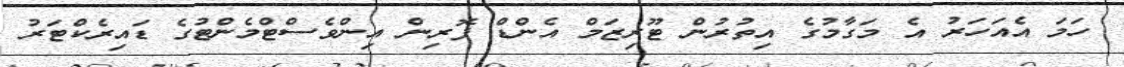
ހަމަ އެއަހަރު އެ މަގާމުގެ އިތުރުން ޓޫރިޒަމް އެންޑް ފޮރިން އިންވެސްޓްމެންޓުގެ ޑައިރެކްޓަރު